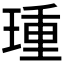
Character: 𰢈